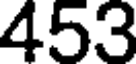
453